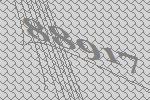
88917